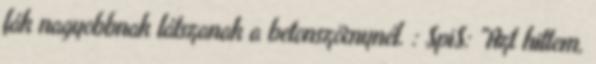
fák nagyobbnak látszanak a betonszörnynél. : $pi$: "Azt hittem,